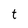
Character: t